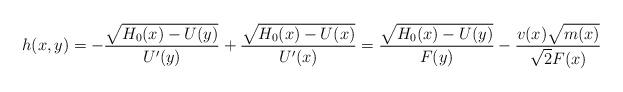
LaTeX: \begin{align*}h(x,y)=-\frac{\sqrt{H_{0}(x)-U(y)}}{U'(y)}+\frac{\sqrt{H_{0}(x)-U(x)}}{U'(x)}=\frac{\sqrt{H_{0}(x)-U(y)}}{F(y)}-\frac{v(x)\sqrt{m(x)}}{\sqrt{2}F(x)}\end{align*}